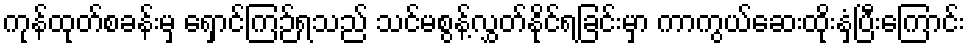
ကုန်ထုတ်စခန်းမှ ရှောင်ကြဉ်ရသည် သင်မစွန့်လွှတ်နိုင်ရခြင်းမှာ ကာကွယ်ဆေးထိုးနှံပြီးကြောင်း